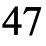
47